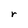
Character: r